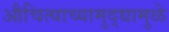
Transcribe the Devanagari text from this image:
औचित्याच्यामुद्द्यामुळे